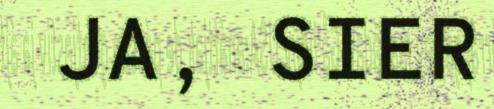
JA, SIER